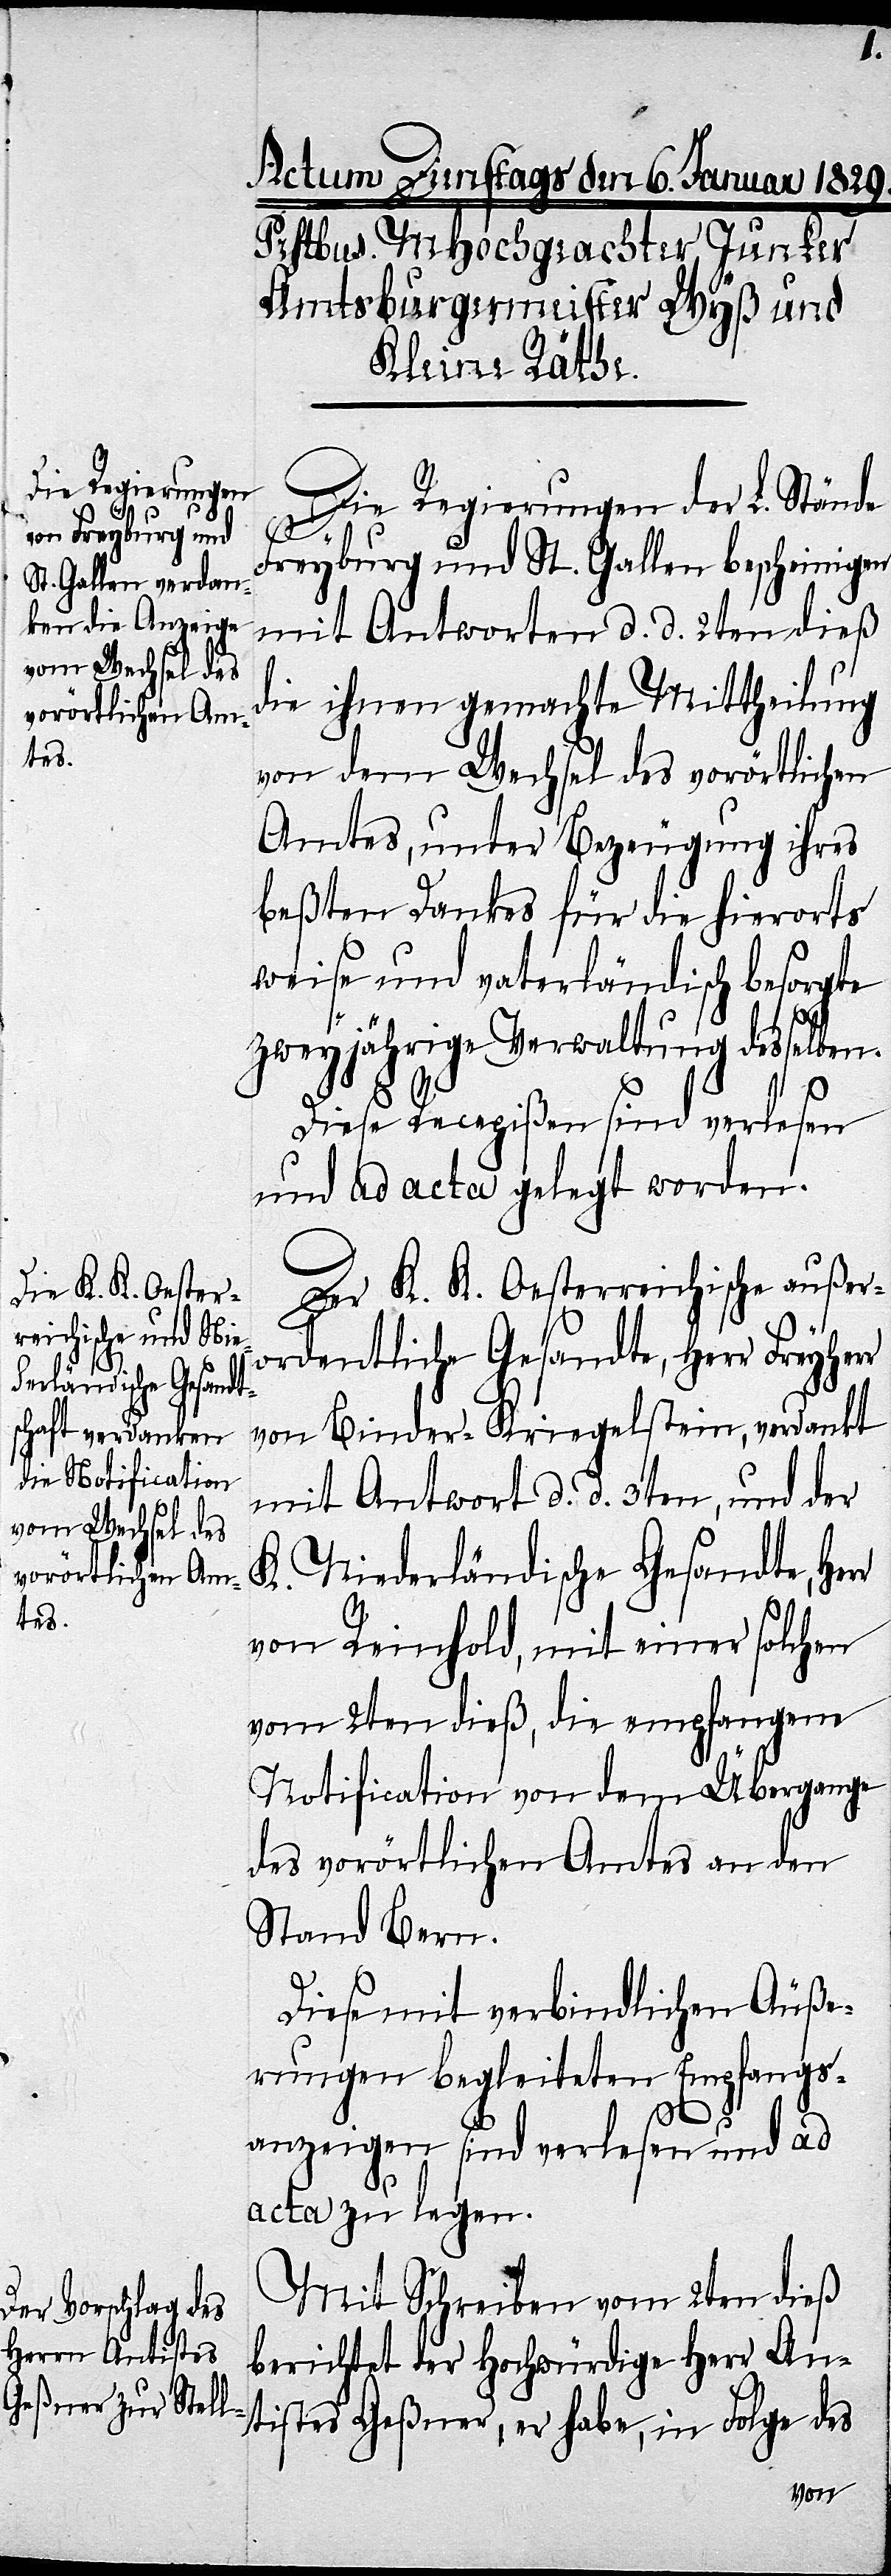
Die Regierungen der L. Stände
Freyburg und St. Gallen bescheinigen
mit Antworten d. d. 2ten dieß
die ihnen gemachte Mittheilung
von dem Wechsel des vorörtlichen
Amtes, unter Bezeugung ihres
beßten Dankes für die hierorts
weise und vaterländisch besorgte
zweyjährige Verwaltung desselben.
r
Diese Recepißen sind verlesen
und ad acta gelegt worden.
Der K. K. Oesterreichische außer¬
ordentliche Gesandte, Herr Freyher¬
von Binder-Kringelstein, verdankt
mit Antwort d. d. 3ten, und der
K. Niederländische Gesandte, Her¬
von Reinhold, mit einer solchen
vom 2ten dieß, die empfangene
Notification von dem Übergange
des vorörtlichen Amtes an den
Stand Bern.
Diese mit verbindlichen Äuße¬
rungen begleiteten Empfangs¬
anzeigen sind verlesen und ad
acta zu legen.
Mit Schreiben vom 2ten dieß
berichtet der Hochwürdige Herr An¬
tistes Geßner, er habe, in Folge des